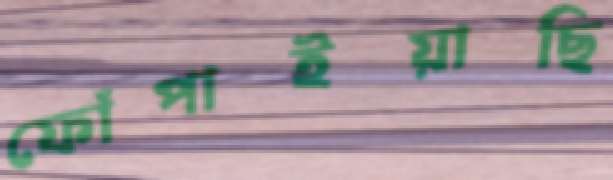
ফোঁপাইয়াছি